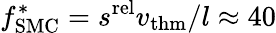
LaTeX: f_{\mathrm{SMC}}^{*}=s^{\mathrm{rel}}v_{\mathrm{thm}}/l\approx 40